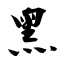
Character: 黑